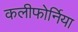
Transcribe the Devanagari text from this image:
कलीफोर्निया